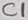
Text: C1